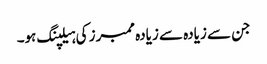
جن سے زیادہ سے زیادہ ممبرز کی ہیلپنگ ہو۔